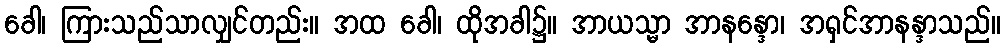
ခေါ၊ ကြားသည်သာလျှင်တည်း။ အထ ခေါ၊ ထိုအခါ၌။ အာယသ္မာ အာနန္ဒော၊ အရှင်အာနန္ဒာသည်။